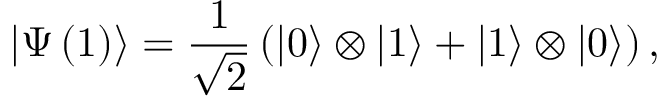
\left| \Psi \left( 1 \right) \right\rangle = \frac { 1 } { \sqrt { 2 } } \left( \left| 0 \right\rangle \otimes \left| 1 \right\rangle + \left| 1 \right\rangle \otimes \left| 0 \right\rangle \right) ,